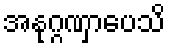
အနုဂ္ဂဏှာပေသိ